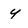
Character: y